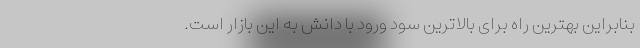
بنابراین بهترین راه برای بالاترین سود ورود با دانش به این بازار است.